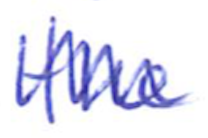
Text: the
Cross-out: zig-zag
Writing tool: ballpoint